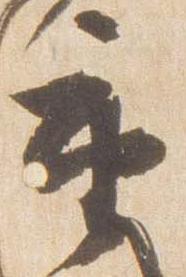
重